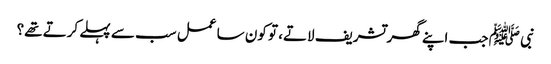
نبی ﷺ جب اپنے گھر تشریف لاتے، تو کون سا عمل سب سے پہلے کرتے تھے؟